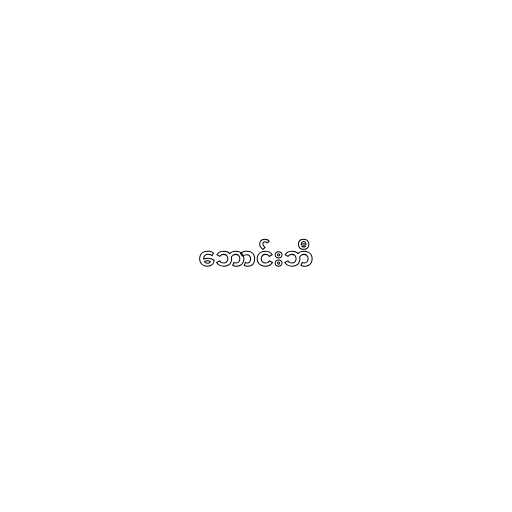
ဘောင်းဘီ